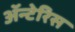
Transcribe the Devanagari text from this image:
अॅन्टेरिस